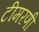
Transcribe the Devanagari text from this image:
टीमरणी